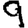
Digit: 9